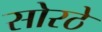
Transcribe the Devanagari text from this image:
सोरठे